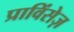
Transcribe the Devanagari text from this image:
प्राविंसेज़